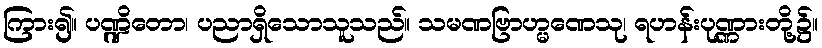
ကြား၍။ ပဏ္ဍိတော၊ ပညာရှိသောသူသည်။ သမဏဗြာဟ္မဏေသု၊ ရဟန်းပုဏ္ဏားတို့၌။